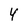
Character: 4